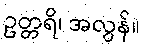
ဥတ္တရိ၊ အလွန်။